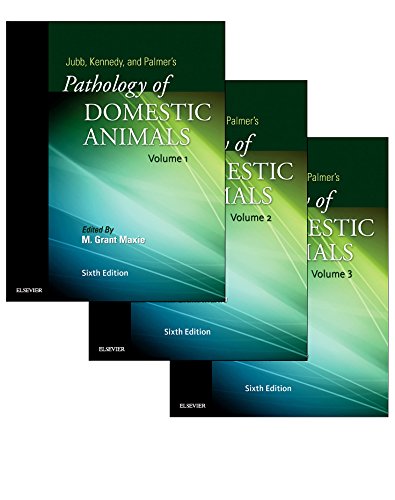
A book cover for Jubb, Kennedy & Palmer's Pathology of Domestic Animals: 3-Volume Set, 6e; Grant Maxie DVM  PhD  DipACVP; Medical Books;